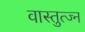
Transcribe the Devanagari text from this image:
वास्तुत्ज्न